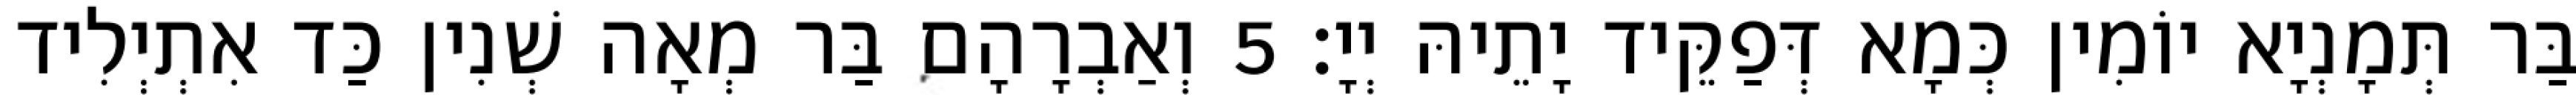
בַּר תְּמָנְיָא יוֹמִין כְּמָא דְּפַקֵּיד יָתֵיהּ יְיָ׃ 5 וְאַבְרָהָם בַּר מְאָה שְׁנִין כַּד אִתְיְלִיד